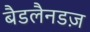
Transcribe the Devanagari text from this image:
बैडलैनडज़